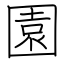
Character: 園